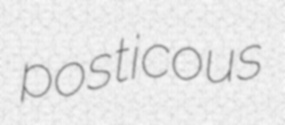
posticous